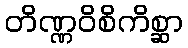
တိဏ္ဏဝိစိကိစ္ဆာ